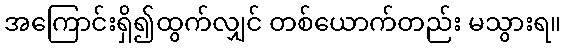
အကြောင်းရှိ၍ထွက်လျှင် တစ်ယောက်တည်း မသွားရ။